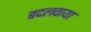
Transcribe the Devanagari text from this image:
बदलवाया